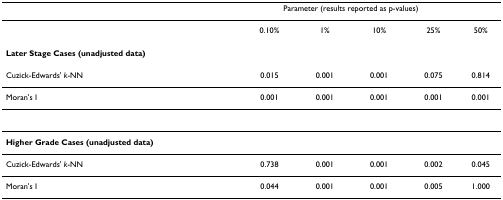
<table><thead><tr><td></td><td colspan="4"><b>Parameter (results reported as p-values)</b></td><td></td></tr></thead><tbody><tr><td></td><td>0.10%</td><td>1%</td><td>10%</td><td>25%</td><td>50%</td></tr><tr><td><b>Later Stage Cases (unadjusted data)</b></td><td></td><td></td><td></td><td></td><td></td></tr><tr><td>Cuzick-Edwards&#x27; <i>k</i>-NN</td><td>0.015</td><td>0.001</td><td>0.001</td><td>0.075</td><td>0.814</td></tr><tr><td>Moran&#x27;s I</td><td>0.001</td><td>0.001</td><td>0.001</td><td>0.001</td><td>0.001</td></tr><tr><td><b>Higher Grade Cases (unadjusted data)</b></td><td></td><td></td><td></td><td></td><td></td></tr><tr><td>Cuzick-Edwards&#x27; <i>k</i>-NN</td><td>0.738</td><td>0.001</td><td>0.001</td><td>0.002</td><td>0.045</td></tr><tr><td>Moran&#x27;s I</td><td>0.044</td><td>0.001</td><td>0.001</td><td>0.005</td><td>1.000</td></tr></tbody></table>